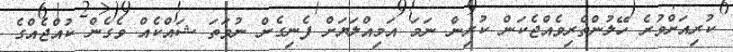
ކުރިއަށްވުރެ ހޭލުންތެރިވެއްޖެކަން ކުރިން ނަމަ އަމިއްލަޔަށް ފެނިގެން ނުވަތަ ޝައްކެއް ވެގެން ކުއްޖެއްގެ